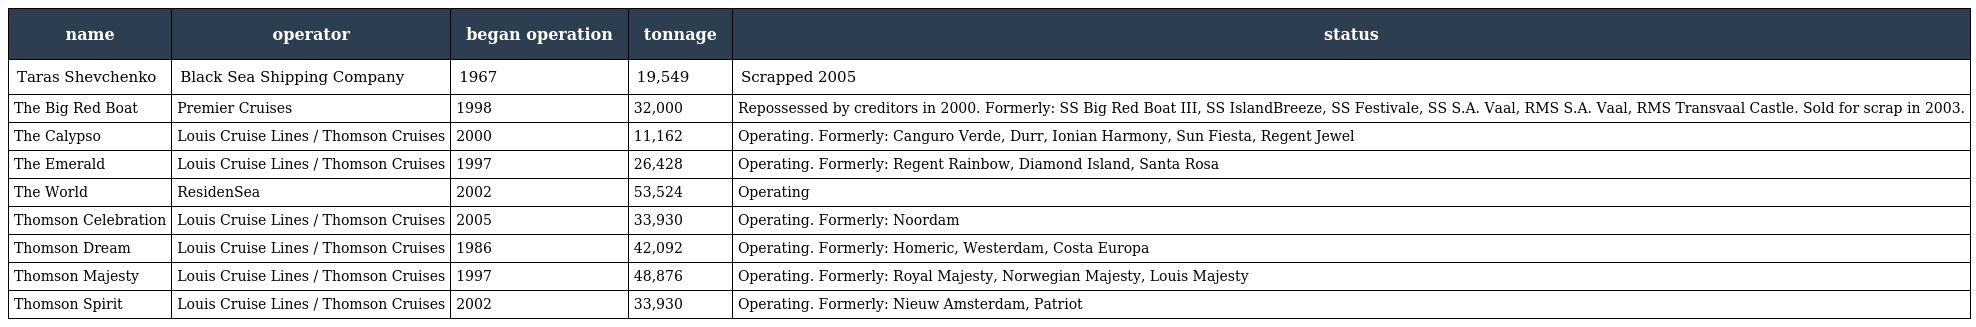
| name | operator | began operation | tonnage | status |
 | --- | --- | --- | --- | --- |
 | Taras Shevchenko | Black Sea Shipping Company | 1967 | 19,549 | Scrapped 2005 |
 | The Big Red Boat | Premier Cruises | 1998 | 32,000 | Repossessed by creditors in 2000. Formerly: SS Big Red Boat III, SS IslandBreeze, SS Festivale, SS S.A. Vaal, RMS S.A. Vaal, RMS Transvaal Castle. Sold for scrap in 2003. |
 | The Calypso | Louis Cruise Lines / Thomson Cruises | 2000 | 11,162 | Operating. Formerly: Canguro Verde, Durr, Ionian Harmony, Sun Fiesta, Regent Jewel |
 | The Emerald | Louis Cruise Lines / Thomson Cruises | 1997 | 26,428 | Operating. Formerly: Regent Rainbow, Diamond Island, Santa Rosa |
 | The World | ResidenSea | 2002 | 53,524 | Operating |
 | Thomson Celebration | Louis Cruise Lines / Thomson Cruises | 2005 | 33,930 | Operating. Formerly: Noordam |
 | Thomson Dream | Louis Cruise Lines / Thomson Cruises | 1986 | 42,092 | Operating. Formerly: Homeric, Westerdam, Costa Europa |
 | Thomson Majesty | Louis Cruise Lines / Thomson Cruises | 1997 | 48,876 | Operating. Formerly: Royal Majesty, Norwegian Majesty, Louis Majesty |
 | Thomson Spirit | Louis Cruise Lines / Thomson Cruises | 2002 | 33,930 | Operating. Formerly: Nieuw Amsterdam, Patriot |